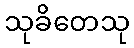
သုခိတေသု